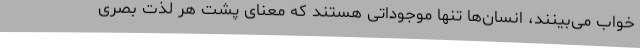
خواب می‌بینند، انسان‌ها تنها موجوداتی هستند که معنای پشت هر لذت بصری